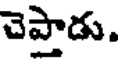
చెప్తాడు.